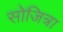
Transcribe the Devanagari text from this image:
सोजित्रा